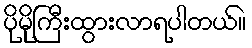
ပိုမိုကြီးထွားလာရပါတယ်။